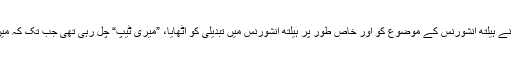
پس، ہر بار عام طور پر میرے شوہر نے ہیلتھ انشورنس کے موضوع کو اور خاص طور پر ہیلتھ انشورنس میں تبدیلی کو اٹھایا، ”میری ٹیپ“ چل رہی تھی جب تک کہ میں نے اسے بند کرنے کا فیصلہ نہ کیا۔